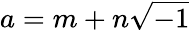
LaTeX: a=m+n{\sqrt{-1}}